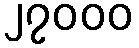
၂၇၀၀၀